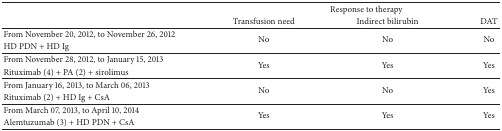
<table><thead><tr><td>[EMPTY_CELL]</td><td colspan="3"><b>Response to therapy</b></td></tr><tr><td>[EMPTY_CELL]</td><td><b>Transfusion need</b></td><td><b>Indirect bilirubin</b></td><td><b>DAT</b></td></tr></thead><tbody><tr><td>From November 20, 2012, to November 26, 2012</td><td rowspan="2">No</td><td rowspan="2">No</td><td rowspan="2">No</td></tr><tr><td>HD PDN + HD Ig</td></tr><tr><td>From November 28, 2012, to January 15, 2013</td><td rowspan="2">Yes</td><td rowspan="2">Yes</td><td rowspan="2">Yes</td></tr><tr><td>Rituximab (4) + PA (2) + sirolimus</td></tr><tr><td>From January 16, 2013, to March 06, 2013</td><td rowspan="2">No</td><td rowspan="2">No</td><td rowspan="2">Yes</td></tr><tr><td>Rituximab (2) + HD Ig + CsA</td></tr><tr><td>From March 07, 2013, to April 10, 2014</td><td rowspan="2">Yes</td><td rowspan="2">Yes</td><td rowspan="2">Yes</td></tr><tr><td>Alemtuzumab (3) + HD PDN + CsA</td></tr></tbody></table>